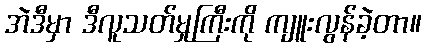
အဲဒီမှာ ဒီလူသတ်မှုကြီးကို ကျူးလွန်ခဲ့တာ။